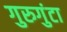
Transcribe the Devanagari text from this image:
गुरुगुंटा